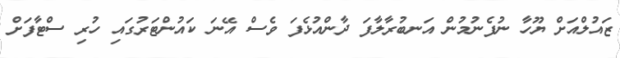
ޒައުލްއަށް ޔޫހާ ނުފެނުމުން އަނބުރާލާފަ ދާންއުޅެފަ ވެސް އޭނަ ކައުންޓަރުގައި ހުރި ސްޓާފަށް